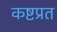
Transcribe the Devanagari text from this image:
कष्टप्रत